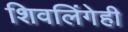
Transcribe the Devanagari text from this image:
शिवलिंगेही